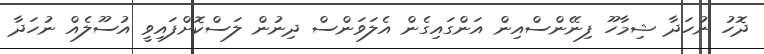
ދޮހު ނުހަދާ ޝިމާހޫ ފިނޭންސްއިން އަންގައިގެން އެލަވަންސް ދިނުން ލަސްކޮށްފައިވީ އުސޫލެއް ނުހަދާ